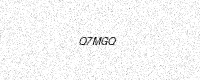
Text: Q7MGQ